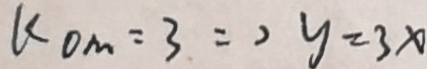
k O M = 3 \Rightarrow y = 3 x